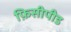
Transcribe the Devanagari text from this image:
फ़िसीपीड